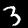
Label: 3